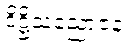
ဒိဋ္ဌိသညောဇနံ